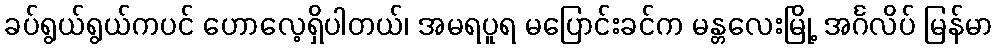
ခပ်ရွယ်ရွယ်ကပင် ဟောလေ့ရှိပါတယ်၊ အမရပူရ မပြောင်းခင်က မန္တလေးမြို့ အင်္ဂလိပ် မြန်မာ